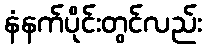
နံနက်ပိုင်းတွင်လည်း